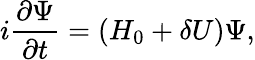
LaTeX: i\frac{\partial\Psi}{\partial t}=(H_{0}+\delta U)\Psi,